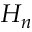
H _ { n }